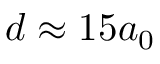
d \approx 1 5 a _ { 0 }